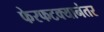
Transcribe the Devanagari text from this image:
फेरफटक्यानंतर